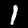
Digit: 1